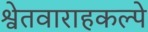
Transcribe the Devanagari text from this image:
श्वेतवाराहकल्पे